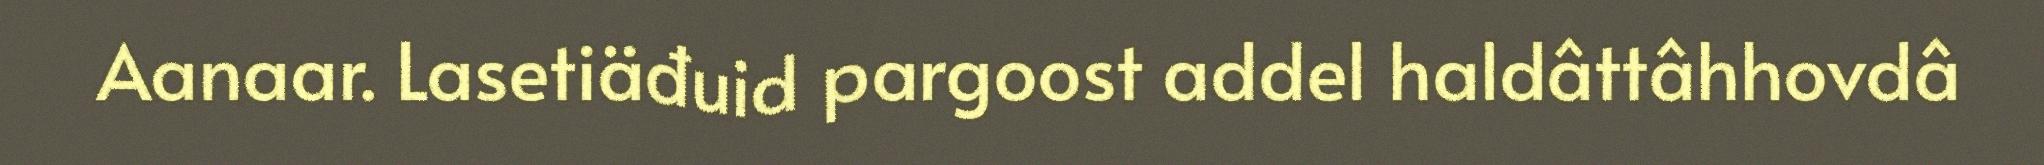
Aanaar. Lasetiäđuid pargoost addel haldâttâhhovdâ